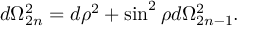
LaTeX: d \Omega _ { 2 n } ^ { 2 } = d \rho ^ { 2 } + \sin ^ { 2 } \rho d \Omega _ { 2 n - 1 } ^ { 2 } .